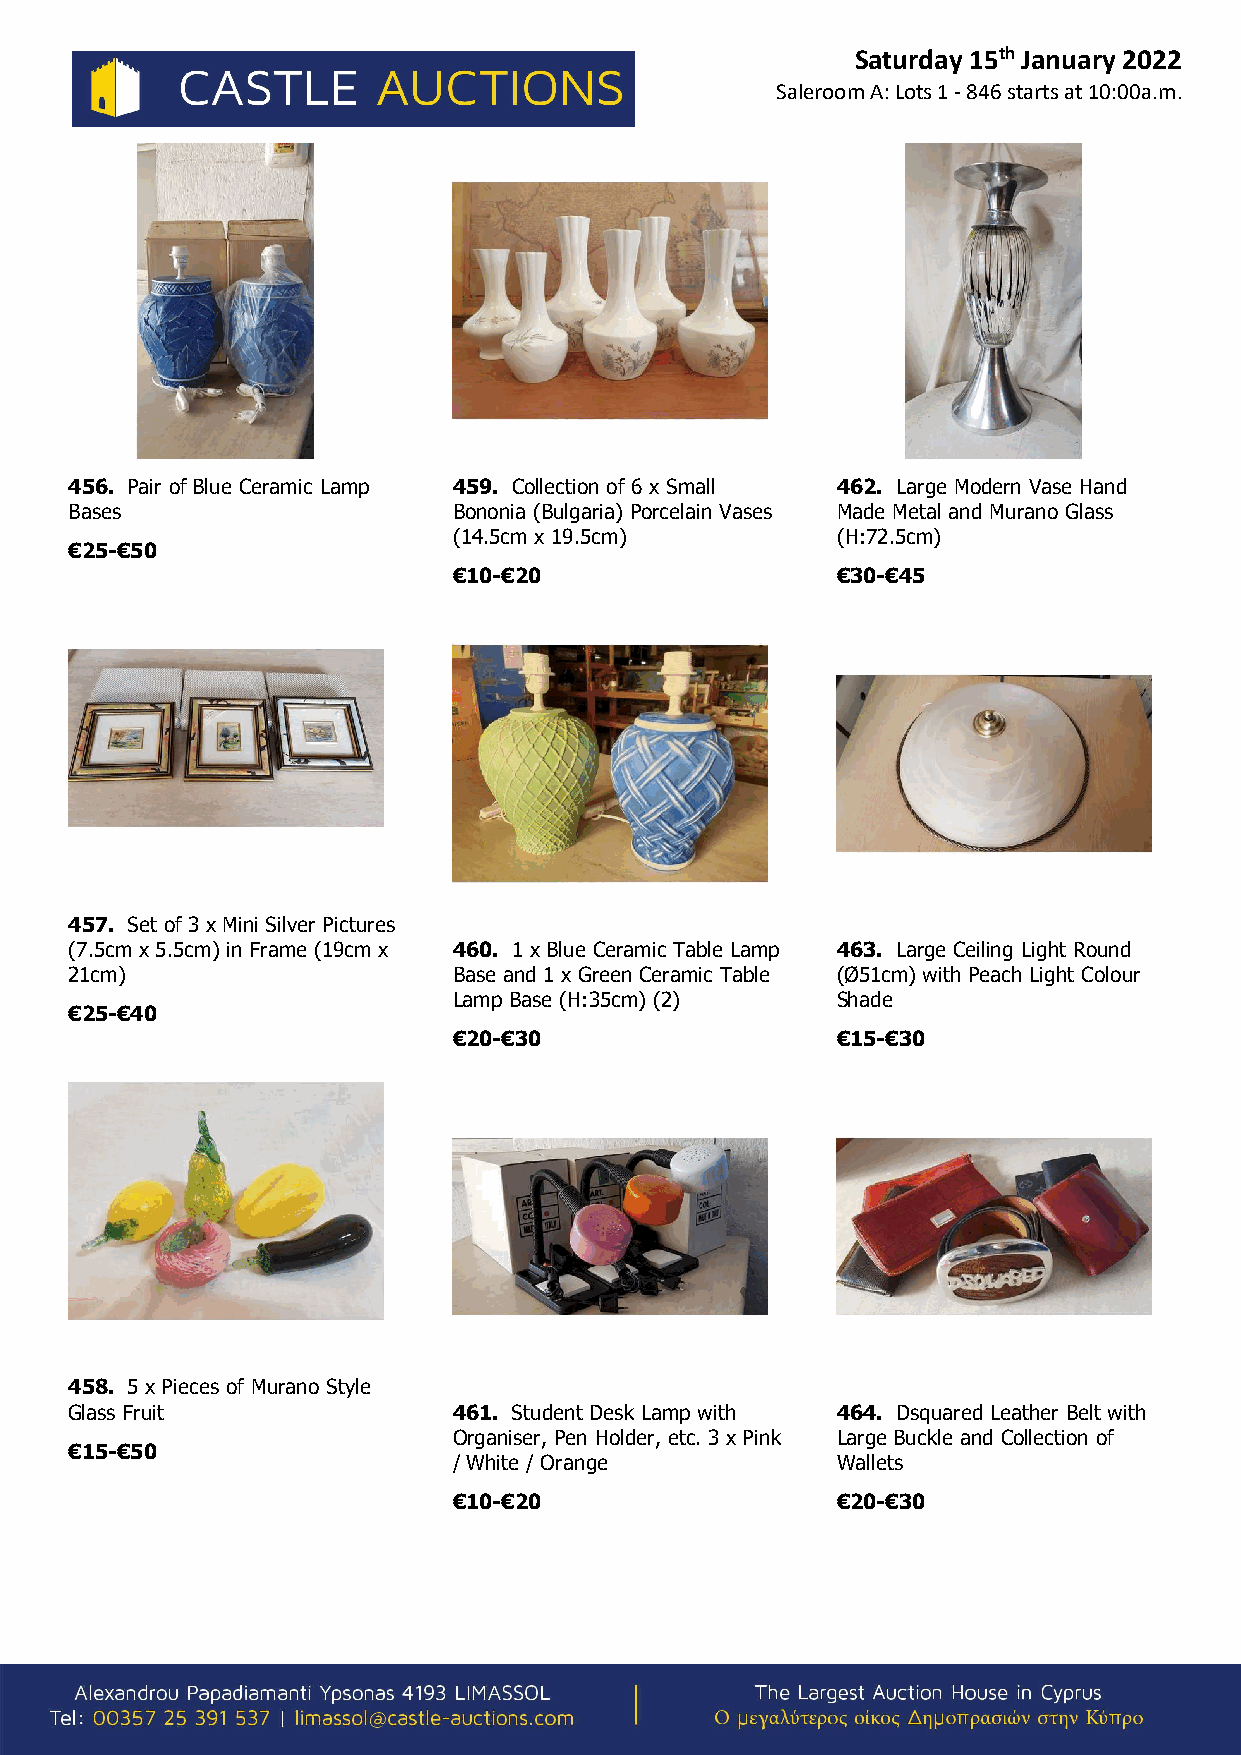
Saturday 15th January 2022
 Saleroom A: Lots 1 - 846 starts at 10:00a.m.
 456. Pair of Blue Ceramic Lamp 459. Collection of 6 x Small 462. Large Modern Vase Hand
 Bases                    Bononia (Bulgaria) Porcelain Vases Made Metal and Murano Glass
 (14.5cm x 19.5cm)        (H:72.5cm)
 €25-€50
 €10-€20                  €30-€45
 457. Set of 3 x Mini Silver Pictures
 (7.5cm x 5.5cm) in Frame (19cm x 460. 1 x Blue Ceramic Table Lamp 463. Large Ceiling Light Round
 21cm)                    Base and 1 x Green Ceramic Table (Ø51cm) with Peach Light Colour
 Lamp Base (H:35cm) (2)   Shade
 €25-€40
 €20-€30                  €15-€30
 458. 5 x Pieces of Murano Style
 Glass Fruit              461. Student Desk Lamp with 464. Dsquared Leather Belt with
 Organiser, Pen Holder, etc. 3 x Pink Large Buckle and Collection of
 €15-€50
 / White / Orange         Wallets
 €10-€20                  €20-€30